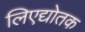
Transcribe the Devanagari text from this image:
लिएद्योतक